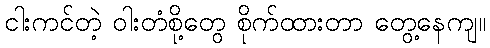
ငါးကင်တဲ့ ဝါးတံစို့တွေ စိုက်ထားတာ တွေ့နေကျ။